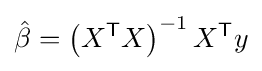
{\hat {\beta }}=\left(X^{\textsf {T}}X\right)^{-1}X^{\textsf {T}}y